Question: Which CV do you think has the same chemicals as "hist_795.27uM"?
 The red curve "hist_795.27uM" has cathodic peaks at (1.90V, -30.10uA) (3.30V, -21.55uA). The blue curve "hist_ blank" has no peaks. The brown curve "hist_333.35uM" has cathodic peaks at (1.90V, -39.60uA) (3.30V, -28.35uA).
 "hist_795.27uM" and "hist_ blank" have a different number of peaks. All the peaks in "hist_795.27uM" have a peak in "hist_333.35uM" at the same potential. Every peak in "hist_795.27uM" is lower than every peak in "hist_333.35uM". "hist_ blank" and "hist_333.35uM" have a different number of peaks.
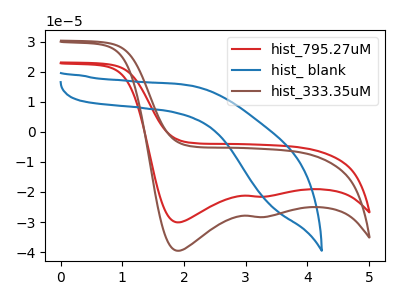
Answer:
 <answer>The CV with the most similar shape to "hist_333.35uM" is "hist_795.27uM".</answer>
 <eval>"hist_795.27uM"</eval>